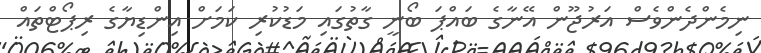
ނިމެންދެންވެސް އަރުޖޫން އޭނާގެ ބައްޕަ ބޯނީ ގާތުގައި މަޑުކުރި ކަމަށް އިންޑިޔާގެ ރިޕޯޓްތައް